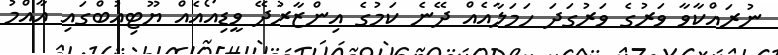
ނުރައްކާވާ ވަރުގެ ވަރުގަދަ ހަމަލާއެއް ދޭނެ ކަމުގެ އިންޒާރުދޭ ވީޑިއޯއެއް ޔޫޓިއުބްގައި އާއްމު